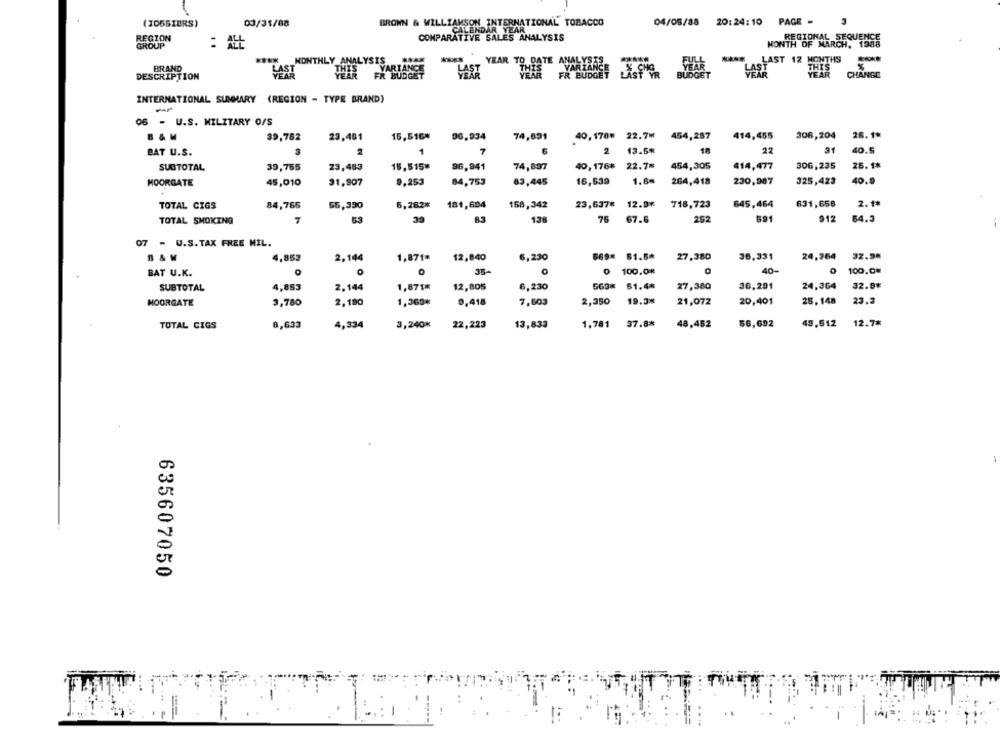
(305BIURS)
03/31/88
INTERNATIONAL TOBACCO
04/05/88
20:24:10
PAGE -
BROWN & WILLIAMSON
REGION
REGIONAL SEQUENCE
GROUP
: ALL
COMPARATIVE SALES ANALYSIS
MONTH OF MARCH, 1988
MONTHLY ANALYSIS WAR
YEAR TO DATE ANALYS
FUL
LAST 12 MONTHS
BRAND
MONTHLY_
VARIANCE
THIS
VARIANCE
YEAR
DESCRIPTION
LAST
THIS
FR BUDGET
LAST
YEAR
FR BUDGET
X CHO
LAST YR
BUDGET
YEAR
CHANGE
INTERNATIONAL SUMMARY (REGION - TYPE BRAND)
-
06 - U.S. MILITARY O/S
32,752
15,516*
06.934
74,691
40,178# 22.7# 454,287
414,455
306,204
26.1*
23,491
1
7
2 13.5*
2
22
31
40.5
BAT U.S.
16,515#
96,941
40,176* 22.78
454,305
414,477
306,235
25.1*
SUBTOTAL
39,755
23,483
74,837
9,253
84,753
16,639
1.6#
264,418
230,987
325,423
40.0
MOORGATE
45,010
31,907
83,445
718,723
631,658
2.1*
TOTAL GIGS
84,765
56,390
6,262%
BC
181,604
158,342
23,637# 12.0*
645,464
83
252
912
TOTAL SMOKING
7
53
138
76
67.6
591
64.3
07 - U.S.TAX FREE MIL.
12,840
6,230
669* 51.5*
27,380
36,331
24,364
32.9*
B&W
4,853
2,144
1,871*
0
35-
0 100.0#
40-
100.0%
BAT U.K.
1,871*
12,805
6,230
569* 51.4*
27,380
36,291
24,364
32.8₺
SUBTOTAL
4,853
2.144
2.190
1,369*
0,418
7,603
2,350
19.3*
21,072
20,401
25.148
23.2
MOORGATE
3,780
1.781
37.8*
48,452
56,692
49,512
12.7%
TOTAL CIGS
8,633
4,334
3,240*
22,223
13,833
635607050